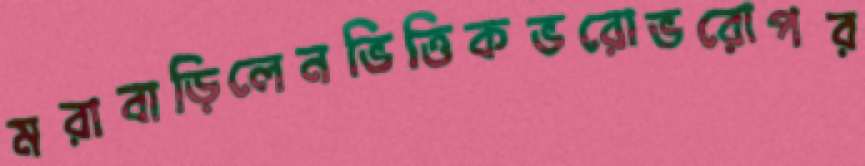
মরাবাড়িলেনভিত্তিকভরোভরোপর